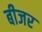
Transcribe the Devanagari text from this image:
बीजर